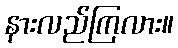
နားလည်ကြလား။